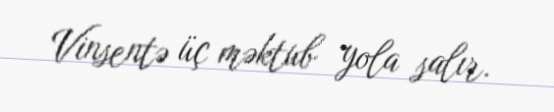
Vinsentə üç məktub yola salır.